Insane asylums in Bengal annual reports 1876-1887 - 1876-1887
Year: 1876
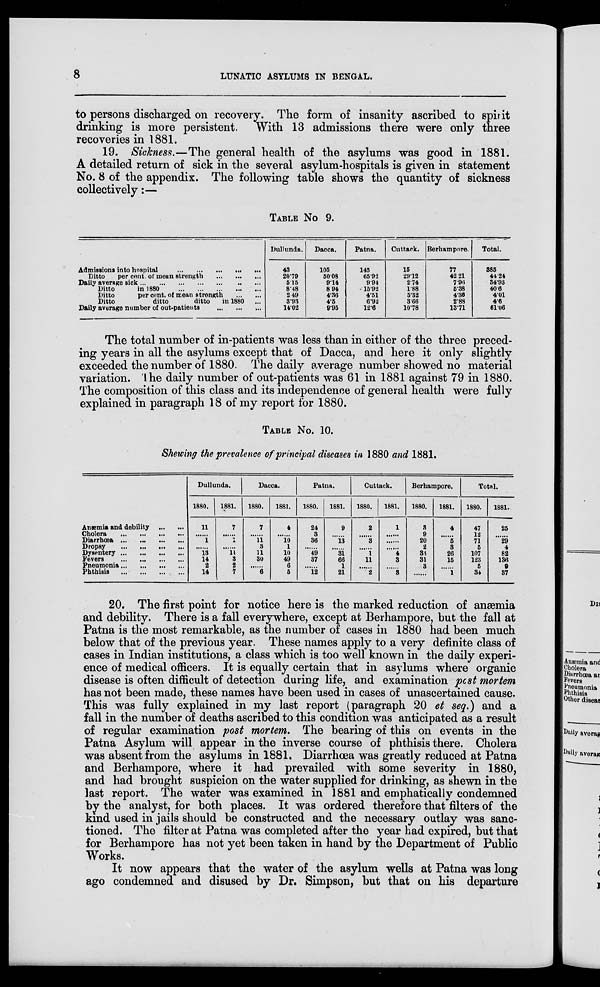
8
LUNATIC ASYLUMS IN BENGAL.
to persons discharged on recovery. The form of insanity ascribed to spirit
drinking is more persistent. With 13 admissions there were only three
recoveries in 1881.
19. Sickness.—The general health of the asylums was good in 1881.
A detailed return of sick in the several asylum-hospitals is given in statement
No. 8 of the appendix. The following table shows the quantity of sickness
collectively:—
TABLE No 9.
Admissions into hospital
... ... ... ... ...
Ditto
per cent. of mean strength
... ... ...
Daily average sick
...
...
...
...
...
...
Ditto
in 1880
... ... ... ... ...
Ditto
per cent. of mean strength
... ...
Ditto
ditto
ditto
in 1880 ...
Daily average number of out-patients
... ... ...
Dullunda.
43
20.79
5.15
8.48
2.49
3.93
14.02
Dacca.
105
50.08
9.14
8.94
4.36
4.5
9.95
Patna.
145
65.92
9.94
15.92
4.51
6.92
12.6
Cuttack.
15
29.12
2.74
1.88
5.32
3.66
10.78
Berhampore.
77
42.21
7.96
5.38
4.36
2.88
13.71
Total.
385
44.24
34.93
40.6
4.01
4.6
61.06
The total number of in-patients was less than in either of the three preced-
ing years in all the asylums except that of Dacca, and here it only slightly
exceeded the number of 1880. The daily average number showed no material
variation. The daily number of out-patients was 61 in 1881 against 79 in 1880.
The composition of this class and its independence of general health were fully
explained in paragraph 18 of my report for 1880.
TABLE No. 10.
Showing the prevalence of principal diseases in 1880 and 1881.
Anæmia and debility
... ...
Cholera
... ... ... ...
Diarrhœa
... ... ... ...
Dropsy ... ... ... ...
Dysentery
...
...
...
...
Fevers
...
...
...
...
Pneumonia
...
...
...
...
Phthisis
...
...
...
...
Dullunda.
1880.
11
......
1
......
13
14
2
14
1881.
7
......
1
......
11
3
2
7
Dacca.
1880.
7
......
11
3
11
30
......
6
1881.
4
......
10
1
10
49
6
5
Patna.
1880.
24
3
36
......
49
37
......
12
1881.
9
......
13
......
31
66
1
21
Cuttack.
1880.
2
......
3
......
1
11
......
2
1881.
1
......
......
......
4
3
......
3
Berhampore.
1880.
3
9
20
2
33
31
3
......
1881.
4
......
5
3
26
15
......
1
Total.
1880.
47
12
71
5
107
123
5
34
1881.
25
......
29
4
82
136
9
37
20. The first point for notice here is the marked reduction of anaemia
and debility. There is a fall everywhere, except at Berhampore, but the fall at
Patna is the most remarkable, as the number of cases in 1880 had been much
below that of the previous year. These names apply to a very definite class of
cases in Indian institutions, a class which is too well known in the daily experi-
ence of medical officers. It is equally certain that in asylums where organic
disease is often difficult of detection during life, and examination post mortem
has not been made, these names have been used in cases of unascertained cause.
This was fully explained in my last report (paragraph 20 et seq.) and a
fall in the number of deaths ascribed to this condition was anticipated as a result
of regular examination post mortem. The bearing of this on events in the
Patna Asylum will appear in the inverse course of phthisis there. Cholera
was absent from the asylums in 1881. Diarrhoea was greatly reduced at Patna
and Berhampore, where it had prevailed with some severity in 1880,
and had brought suspicion on the water supplied for drinking, as shewn in the
last report. The water was examined in 1881 and emphatically condemned
by the analyst, for both places. It was ordered therefore that filters of the
kind used in jails should be constructed and the necessary outlay was sanc-
tioned. The filter at Patna was completed after the year had expired, but that
for Berhampore has not yet been taken in hand by the Department of Public
Works.
It now appears that the water of the asylum wells at Patna was long
ago condemned and disused by Dr. Simpson, but that on his departure